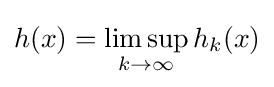
h(x)=\limsup \limits _{k\rightarrow \infty }h_{k}(x)